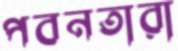
পবনতারা